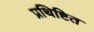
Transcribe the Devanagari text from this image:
प्रथिष्टित